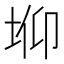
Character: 𰉫